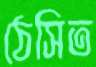
ঠেসিত